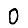
Digit: 0